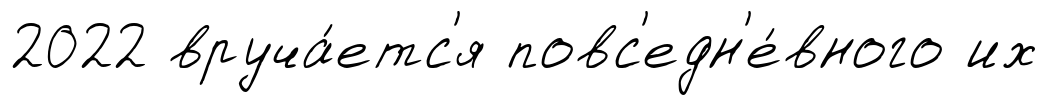
2022 вруча́етс'я повс'едн'е́вного их